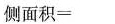
$$侧 面 积 =$$